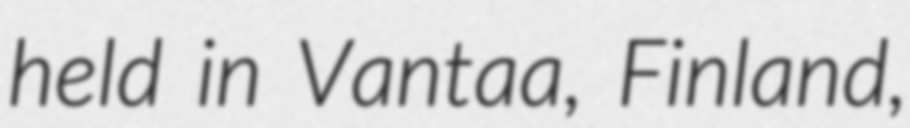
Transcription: held in Vantaa, Finland,